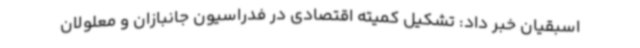
اسبقیان خبر داد: تشکیل کمیته اقتصادی در فدراسیون جانبازان و معلولان